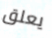
يعلق